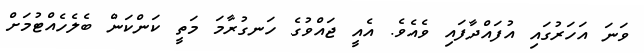
ވަނަ އަހަރުގައި އުފައްދާފައި ވެއެވެ. އެއީ ޖައްވުގެ ހަނގުރާމަ މަތީ ކަންކަން ބެލެހެއްޓުމަށް